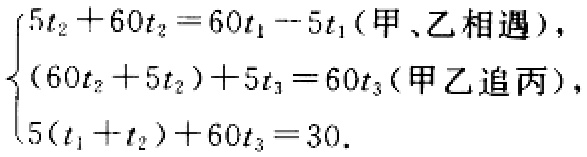
\(\begin{cases}5t_{2}+60t_{2}=60t_{1}-5t_{1} \text{ (甲、乙相遇)}, \\(60t_{2}+5t_{2})+5t_{3}=60t_{3} \text{ (甲乙追丙)}, \\5(t_{1}+t_{2})+60t_{3}=30.\end{cases}\)